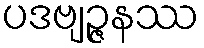
ပဒဗျဉ္ဇနဿ